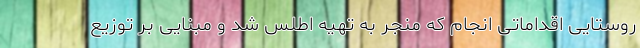
روستایی اقداماتی انجام که منجر به تهیه اطلس شد و مبنایی بر توزیع